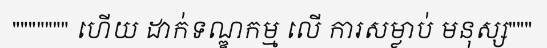
""""""" ហើយ ដាក់ទណ្ឌកម្ម លើ ការសម្លាប់ មនុស្ស"""